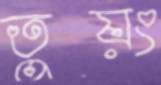
তুয়ং